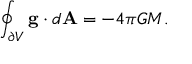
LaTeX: \oint _ { \partial V } \mathbf { g } \cdot d \mathbf { A } = - 4 \pi G M .